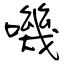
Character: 嘰